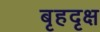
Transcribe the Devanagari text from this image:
बृहदृक्ष